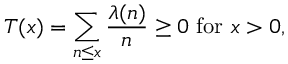
T ( x ) = \sum _ { n \leq x } { \frac { \lambda ( n ) } { n } } \geq 0 { \mathrm { ~ f o r ~ } } x > 0 ,